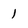
Character: 1